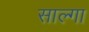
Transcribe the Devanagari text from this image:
साल्गा